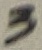
Text: 3